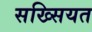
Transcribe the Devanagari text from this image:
सख्सियत